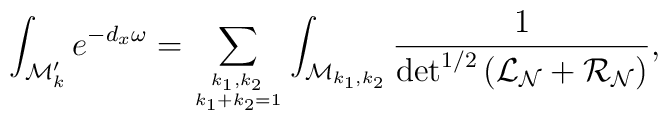
\int_{{\cal M}'_k} e^{-d_x\omega}=\sum_{\sb {k_1, k_2} \atop k_1+k_2=1} \int_{{\cal M}_{k_1 ,k_2}}\frac{1}{\det^{1/2} \left({\cal L}_{\cal N}+{\cal R}_{\cal N}\right)},